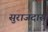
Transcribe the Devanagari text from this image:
सुराजदास